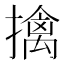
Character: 擒